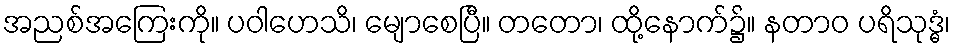
အညစ်အကြေးကို။ ပဝါဟေသိ၊ မျောစေပြီ။ တတော၊ ထို့နောက်၌။ နတာဝ ပရိသုဒ္ဓံ၊